Scientific memoirs by medical officers of the Army of India - Part X,
Year: 1897
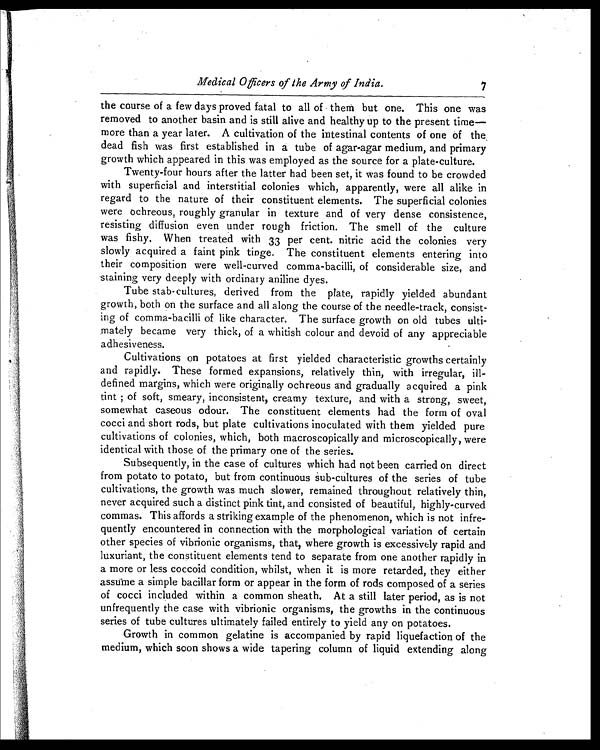
Medical Officers of the Army of India .
7
the course of a few days proved fatal to all of them but one. This one was
removed to another basin and is still alive and healthy up to the present time—
more than a year later. A cultivation of the intestinal contents of one of the.
dead fish was first established in a tube of agar-agar medium, and primary
growth which appeared in this was employed as the source for a plate-culture.
Twenty-four hours after the latter had been set, it was found to be crowded
with superficial and interstitial colonies which, apparently, were all alike in
regard to the nature of their constituent elements. The superficial colonies
were ochreous, roughly granular in texture and of very dense consistence,
resisting diffusion even under rough friction. The smell of the culture
was fishy. When treated with 33 per cent. nitric acid the colonies very
slowly acquired a faint pink tinge. The constituent elements entering into
their composition were well-curved comma-bacilli, of considerable size, and
staining very deeply with ordinary aniline dyes.
Tube stab-cultures, derived from the plate, rapidly yielded abundant
growth, both on the surface and all along the course of the needle-track, consist
-ing of comma-bacilli of like character. The surface growth on old tubes ulti
- m a t e l y b e c a m e v e r y t h i c k , o f a w h i t i s h c o l o u r a n d d e v o i d o f a n y a p p r e c i a b l e
adhesiveness.
Cultivations on potatoes at first yielded characteristic growths certainly
and rapidly. These formed expansions, relatively thin, with irregular, ill-
defined margins, which were originally ochreous and gradually acquired a pink
tint of soft, smeary, inconsistent, creamy texture, and with a strong, sweet,
somewhat caseous odour. The constituent elements had the form of oval
cocci and short rods, but plate cultivations inoculated with them yielded pure
cultivations of colonies, which, both macroscopically and microscopically, were
identical with those of the primary one of the series.
Subsequently, in the case of cultures which had not been carried on direct
from potato to potato, but from continuous sub-cultures of the series of tube
cultivations, the growth was much slower, remained throughout relatively thin,
never acquired such a distinct pink tint, and consisted of beautiful, highly-curved
commas. This affords a striking example of the phenomenon, which is not infre
-quently encountered in connection with the morphological variation of certain
other species of vibrionic organisms, that, where growth is excessively rapid and
luxuriant, the constituent elements tend to separate from one another rapidly in
a more or less coccoid condition, whilst, when it is more retarded, they either
assume a simple bacillar form or appear in the form of rods composed of a series
of cocci included within a common sheath. At a still later period, as is not
unfrequently the case with vibrionic organisms, the growths in the continuous
series of tube cultures ultimately failed entirely to yield any on potatoes.
Growth in common gelatine is accompanied by rapid liquefaction of the
medium, which soon shows a wide tapering column of liquid extending along